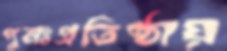
পুনঃপ্রতিষ্ঠায়